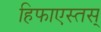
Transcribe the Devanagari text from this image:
हिफाएस्तस्‌